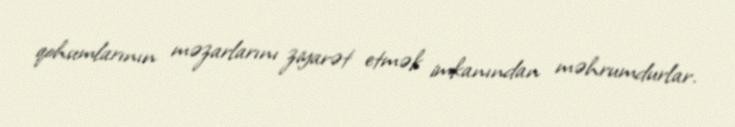
qohumlarının məzarlarını ziyarət etmək imkanından məhrumdurlar.